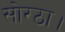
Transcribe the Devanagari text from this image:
सोरठा।